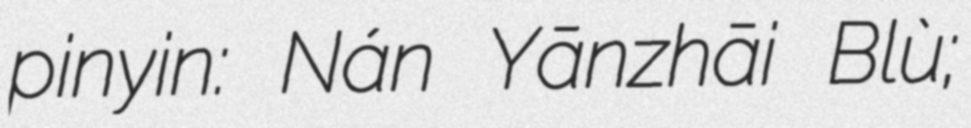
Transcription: pinyin: Nán Yānzhāi Bǐlù;